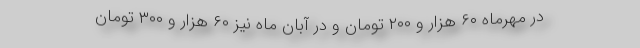
در مهرماه ۶۰ هزار و ۲۰۰ تومان و در آبان ماه نیز ۶۰ هزار و ۳۰۰ تومان